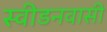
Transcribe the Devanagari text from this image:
स्वीडनवासी